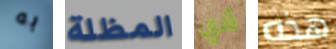
به المظلة لدي هذه